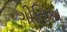
ગીતિકા